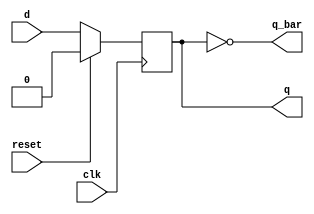
`timescale 1ns / 1ps
//////////////////////////////////////////////////////////////////////////////////
// Company: 
// Engineer: 
// 
// Design Name: 
// Module Name: d_ff
// Project Name: 
// Target Devices: 
// Tool Versions: 
// Description: 
// 
// Dependencies: 
// 
// Revision:
// Revision 0.01 - File Created
// Additional Comments:
// 
//////////////////////////////////////////////////////////////////////////////////


module d_ff( q ,q_bar,clk,reset,d);
input d,clk,reset;
output reg q;
output q_bar;
assign q_bar= ~q ;
always @(posedge clk)
begin
if (reset==1'b1)
q<=1'b0;
else
q<=d;
end
endmodule